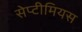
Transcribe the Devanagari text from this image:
सेप्टीमियस